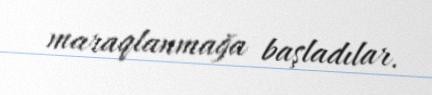
maraqlanmağa başladılar.